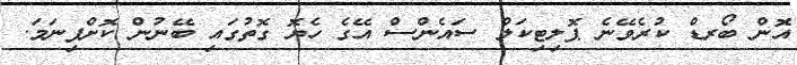
އޮން ބޯރޑް ކުރެވޭނެ ޕޮލިޓިކަލް ސައެންސް އޭގެ ހެޔޮ ގޮތުގައި ބޭނުން ކޮށްފިނަމަ.